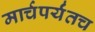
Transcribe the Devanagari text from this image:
मार्चपर्यंतच